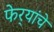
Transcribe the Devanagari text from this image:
फेर्‍यांचे